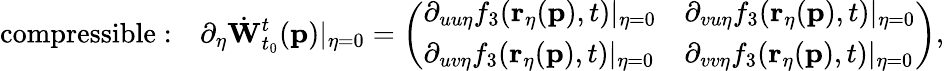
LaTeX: \mathrm{compressible:\quad}\partial_{\eta}\dot{\mathbf{W}}_{t_{0}}^{t}(\mathbf{p})\vert_{\eta=0}=\left(\begin{array}{ll}{\partial_{uu\eta}f_{3}(\mathbf{r}_{\eta}(\mathbf{p}),t)\vert_{\eta=0}}&{\partial_{vu\eta}f_{3}(\mathbf{r}_{\eta}(\mathbf{p}),t)\vert_{\eta=0}}\\ {\partial_{uv\eta}f_{3}(\mathbf{r}_{\eta}(\mathbf{p}),t)\vert_{\eta=0}}&{\partial_{vv\eta}f_{3}(\mathbf{r}_{\eta}(\mathbf{p}),t)\vert_{\eta=0}}\end{array}\right),